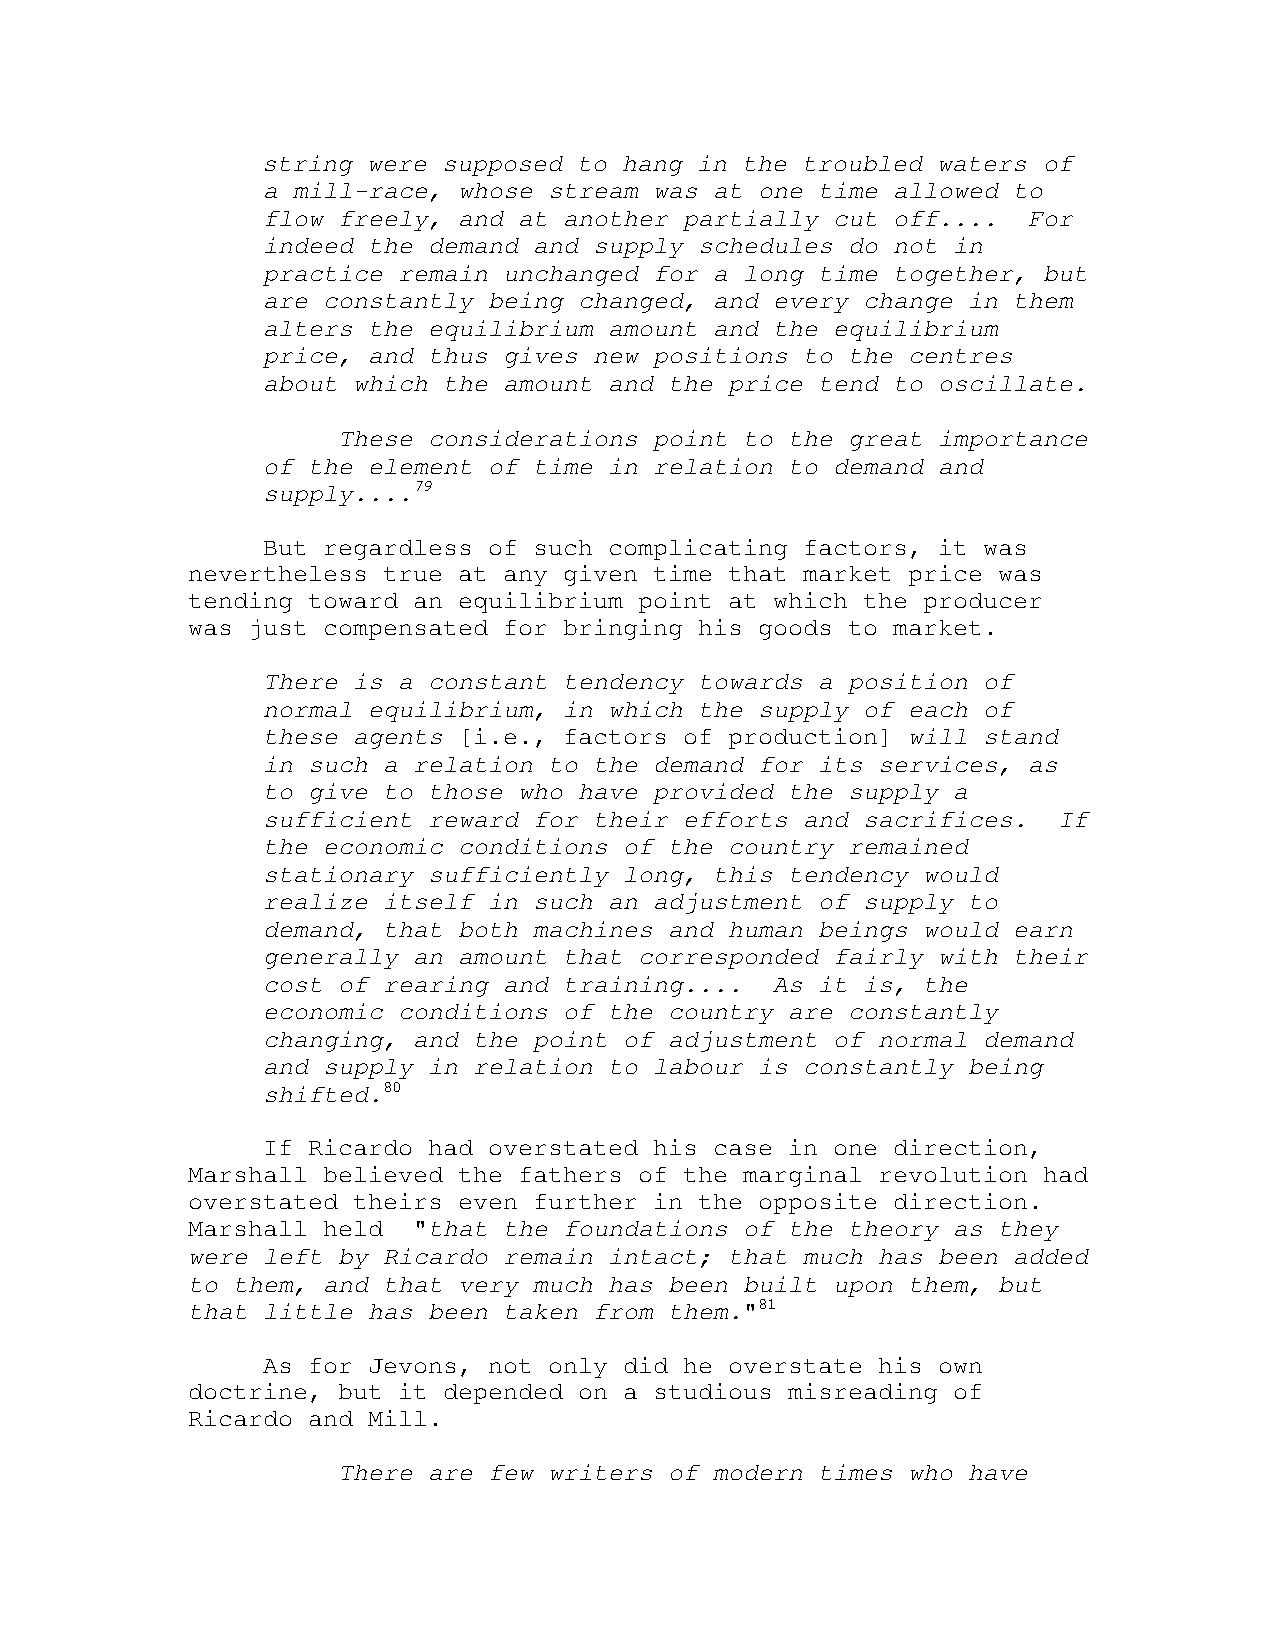
string were supposed to hang in the troubled waters of
 a mill-race, whose stream was at one time allowed to
 flow freely, and at another partially cut off....  For
 indeed the demand and supply schedules do not in
 practice remain unchanged for a long time together, but
 are constantly being changed, and every change in them
 alters the equilibrium amount and the equilibrium
 price, and thus gives new positions to the centres
 about which the amount and the price tend to oscillate.
 These considerations point to the great importance
 of the element of time in relation to demand and
 supply....79
 But regardless of such complicating factors, it was
 nevertheless true at any given time that market price was
 tending toward an equilibrium point at which the producer
 was just compensated for bringing his goods to market.
 There is a constant tendency towards a position of
 normal equilibrium, in which the supply of each of
 these agents [i.e., factors of production] will stand
 in such a relation to the demand for its services, as
 to give to those who have provided the supply a
 sufficient reward for their efforts and sacrifices.  If
 the economic conditions of the country remained
 stationary sufficiently long, this tendency would
 realize itself in such an adjustment of supply to
 demand, that both machines and human beings would earn
 generally an amount that corresponded fairly with their
 cost of rearing and training....  As it is, the
 economic conditions of the country are constantly
 changing, and the point of adjustment of normal demand
 and supply in relation to labour is constantly being
 shifted.80
 If Ricardo had overstated his case in one direction,
 Marshall believed the fathers of the marginal revolution had
 overstated theirs even further in the opposite direction.
 Marshall held  "that the foundations of the theory as they
 were left by Ricardo remain intact; that much has been added
 to them, and that very much has been built upon them, but
 that little has been taken from them."81
 As for Jevons, not only did he overstate his own
 doctrine, but it depended on a studious misreading of
 Ricardo and Mill.
 There are few writers of modern times who have